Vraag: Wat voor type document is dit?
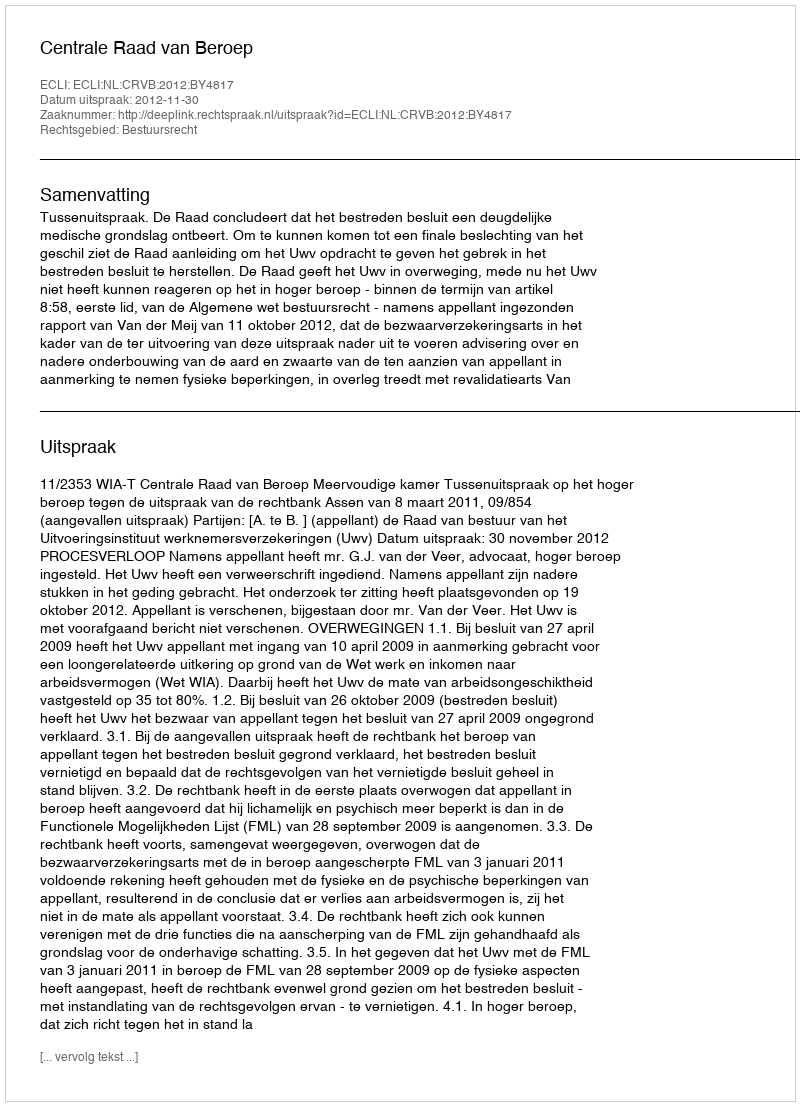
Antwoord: Uitspraak